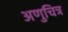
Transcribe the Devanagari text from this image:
अणुचित्र